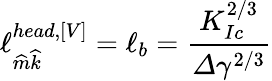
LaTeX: \ell_{\widehat{m}\widehat{k}}^{head,\left[V\right]}=\ell_{b}=\frac{K_{Ic}^{2/3}}{\varDelta\gamma^{2/3}}